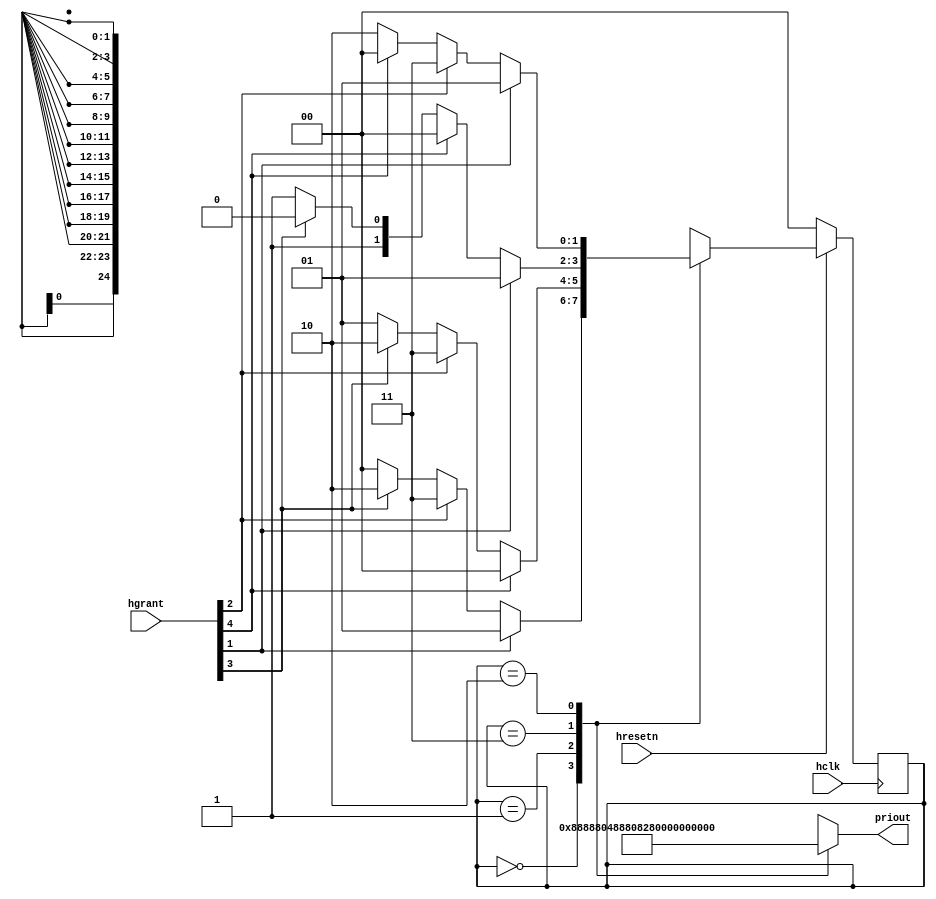
/****************************************************************
2017/11/21         Author:ZhangRui

			Priority Control(5 masters)
Description: control the priority list.


			LAST GRANT  |       PRIORITY               STATE
			   M0       |  M0 > M1 > M2 > M3 > M4  |     s0
			   M1       |  M0 > M2 > M3 > M4 > M1  |     s1
			   M2       |  M0 > M3 > M4 > M1 > M2  |     s2
			   M3       |  M0 > M4 > M1 > M2 > M3  |     s3
			   M4       |  M0 > M1 > M2 > M3 > M4  |     s0


****************************************************************/

module prio(
			input 				hclk,
			input 				hresetn,
			input 		  [4:0]	hgrant,
			output reg 	 [24:0]	priout
			);

parameter S0 = 2'b00;			
parameter S1 = 2'b01;			
parameter S2 = 2'b11;			
parameter S3 = 2'b10;			

reg [1:0]	state;			
reg [1:0]	nxt_state;			

always @(posedge hclk) begin
if(!hresetn)
	state <= S0;
else
	state <= nxt_state;
end 

always @(state, hgrant) begin
	case(state)
	S0:
		if(hgrant[1])
			nxt_state = S1;
		else if(hgrant[2])
			nxt_state = S2;
		else if(hgrant[3])
			nxt_state = S3;
		else	
			nxt_state = S0;

	S1:
		if(hgrant[4])
			nxt_state = S0;
		else if(hgrant[2])
			nxt_state = S2;
		else if(hgrant[3])
			nxt_state = S3;
		else
			nxt_state = S1;
	
	S2:
		if(hgrant[1])
			nxt_state = S1;
		else if(hgrant[4])
			nxt_state = S0;
		else if(hgrant[3])
			nxt_state = S3;
		else	
			nxt_state = S2;

	
	S3:
		if(hgrant[1])
			nxt_state = S1;
		else if(hgrant[2])
			nxt_state = S2;
		else if(hgrant[4])
			nxt_state = S0;
		else	
			nxt_state = S3;

	endcase
end

always @(state) begin
	case(state)
	S0:
		priout = 25'b00001_00010_00100_01000_10000;
	S1:
		priout = 25'b00001_00100_01000_10000_00010;
	S2:
		priout = 25'b00001_01000_10000_00010_00100;
	S3:
		priout = 25'b00001_10000_00010_00100_01000;		
	endcase
end
			
endmodule